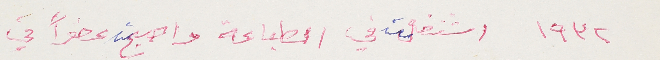
١٩٣٢ اشتغلت في الطباعة واصبحت عضواً في